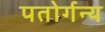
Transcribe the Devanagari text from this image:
पतोर्गन्य